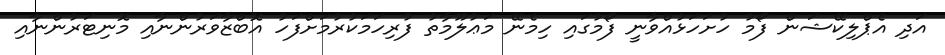
އަދި އެޕްލިކޭޝަން ފޯމު ހުށަހަޅުއްވާނީ ފޯމުގައި ހިމެނޭ މަޢުލޫމާތު ފުރިހަމަކުރުމަށްފަހު އޮބްޒާވަރުންނާއި މޮނިޓަރުންނާއި